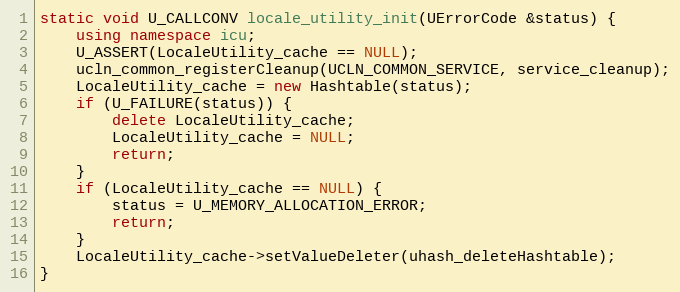
Language: C++
static void U_CALLCONV locale_utility_init(UErrorCode &status) {
    using namespace icu;
    U_ASSERT(LocaleUtility_cache == NULL);
    ucln_common_registerCleanup(UCLN_COMMON_SERVICE, service_cleanup);
    LocaleUtility_cache = new Hashtable(status);
    if (U_FAILURE(status)) {
        delete LocaleUtility_cache;
        LocaleUtility_cache = NULL;
        return;
    }
    if (LocaleUtility_cache == NULL) {
        status = U_MEMORY_ALLOCATION_ERROR;
        return;
    }
    LocaleUtility_cache->setValueDeleter(uhash_deleteHashtable);
}